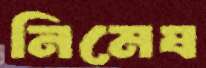
নিমেষ